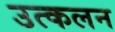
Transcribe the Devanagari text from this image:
उत्‍कलन